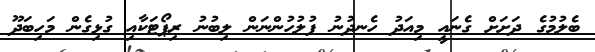
ބެލުމުގެ ދަށަށް ގެނައީ މިއަދު ހެނދުނު ފުލުހުންނަން ލިބުނު ރިޕޯޓަކާއި ގުޅިގެން މަހިބަދޫ